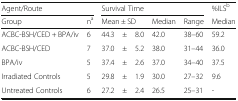
<table><thead><tr><td colspan="2"><b>Agent/Route</b></td><td colspan="5"><b>Survival Time</b></td><td><b>%ILS<sup>b</sup></b></td></tr><tr><td><b>Group</b></td><td><b>n<sup>a</sup></b></td><td colspan="3"><b>Mean ± SD</b></td><td><b>Median</b></td><td><b>Range</b></td><td><b>Median</b></td></tr></thead><tbody><tr><td>ACBC-BSH/CED + BPA/iv</td><td>6</td><td>44.3</td><td>±</td><td>8.0</td><td>42.0</td><td>38–60</td><td>59.2</td></tr><tr><td>ACBC-BSH/CED</td><td>7</td><td>37.0</td><td>±</td><td>5.2</td><td>38.0</td><td>31–44</td><td>36.0</td></tr><tr><td>BPA/iv</td><td>5</td><td>37.4</td><td>±</td><td>2.6</td><td>37.0</td><td>34–40</td><td>37.5</td></tr><tr><td>Irradiated Controls</td><td>5</td><td>29.8</td><td>±</td><td>1.9</td><td>30.0</td><td>27–32</td><td>9.6</td></tr><tr><td>Untreated Controls</td><td>6</td><td>27.2</td><td>±</td><td>2.4</td><td>26.5</td><td>25–31</td><td>-</td></tr></tbody></table>